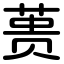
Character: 蒉